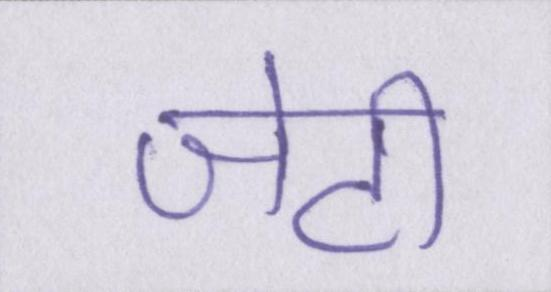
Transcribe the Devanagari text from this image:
जेटी